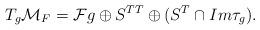
LaTeX: \begin{align*}T_g{\cal M}_F={\cal F}g\oplus S^{TT}\oplus (S^T\cap Im\tau_g).\end{align*}